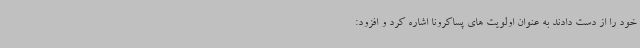
خود را از دست دادند به عنوان اولویت های پساکرونا اشاره کرد و افزود: